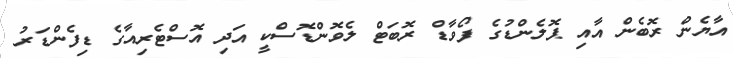
އާޔެން ރޮބެން އާއި ޕޮލެންޑުގެ ފޯވާޑް ރޮބަޓް ލެވޮންޑޮސްކީ އަދި އޮސްޓެރިއާގެ ޑިފެންޑަރު